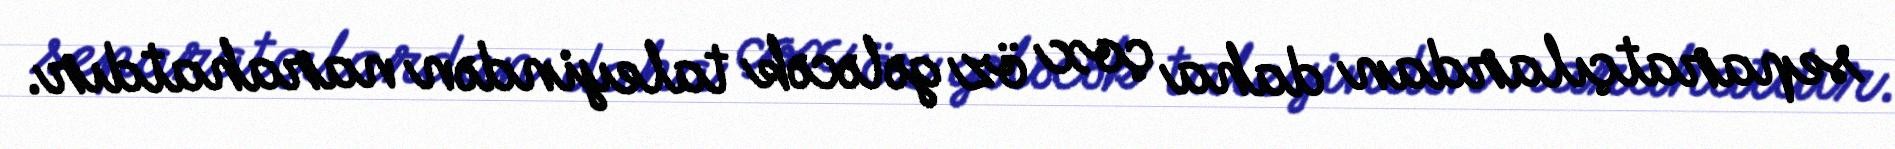
separatçılardan daha çox öz gələcək taleyindən narahatdır.